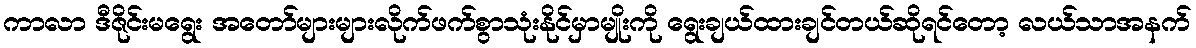
ကာလာ ဒီဇိုင်းမရွေး အတော်များများလိုက်ဖက်စွာသုံးနိုင်မှာမျိုးကို ရွေးချယ်ထားချင်တယ်ဆိုရင်တော့ လယ်သာအနက်